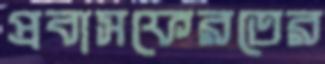
প্রবাসফেরতের